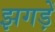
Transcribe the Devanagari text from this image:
झगड़ें